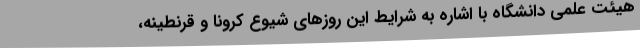
هیئت علمی دانشگاه با اشاره به شرایط این روزهای شیوع کرونا و قرنطینه،